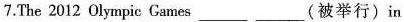
7.The 2012 Olympic Cames__(被举行)in